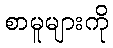
စာမူများကို